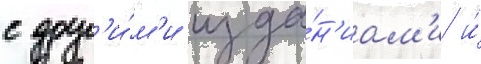
с друг'и́м'и изда́н'иам'и и́